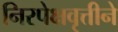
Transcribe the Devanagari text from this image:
निरपेक्षवृत्तीने